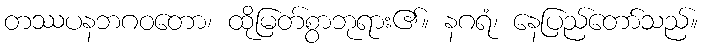
တဿပနဘဂဝတော၊ ထိုမြတ်စွာဘုရား၏။ နဂရံ၊ နေပြည်တော်သည်။